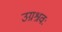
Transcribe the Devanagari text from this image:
उग्रश्रवः